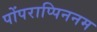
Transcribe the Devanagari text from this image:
पोंपराप्पिननम